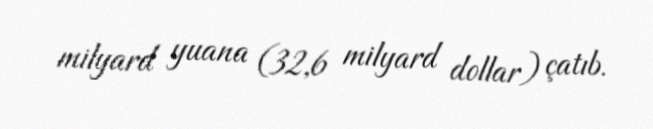
milyard yuana (32,6 milyard dollar) çatıb.